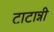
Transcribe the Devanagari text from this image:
टाटान्नी